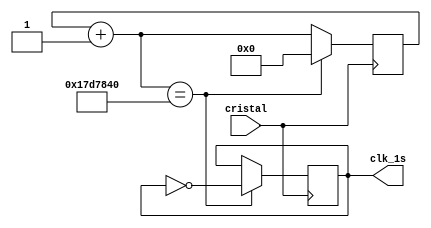
module test1(cristal,clk_1s);
	input cristal;
	output reg clk_1s = 1;
	
	reg[24:0] contador = 0;
	
	always @(posedge cristal)
	begin
		contador = contador + 1;
		if(contador == 25_000_000)
			begin
				contador = 0;
				clk_1s = ~clk_1s;
			end
	end
	
	
endmodule